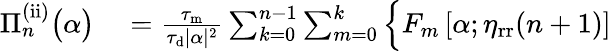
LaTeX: \begin{array}{rl}{\Pi_{n}^{\mathrm{(ii)}}\big(\alpha\big)}&{{}=\frac{\tau_{\mathrm{m}}}{\tau_{\mathrm{d}}|\alpha|^{2}}\sum_{k=0}^{n-1}\sum_{m=0}^{k}\Big\{ F_{m}\left[\alpha;\eta_{\mathrm{rr}}(n+1)\right]}\end{array}